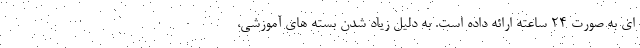
ای به صورت 24 ساعته ارائه داده است. به دلیل زیاد شدن بسته های آموزشی،